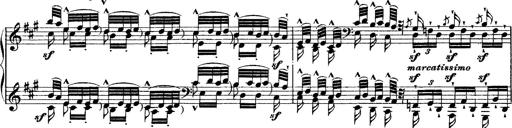
Title: Grande fantasie di bravura sur La clochette
Composer: Franz Liszt
Key: A minor